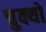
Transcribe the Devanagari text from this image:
चुक्यो